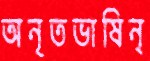
অনৃতভাষিন্